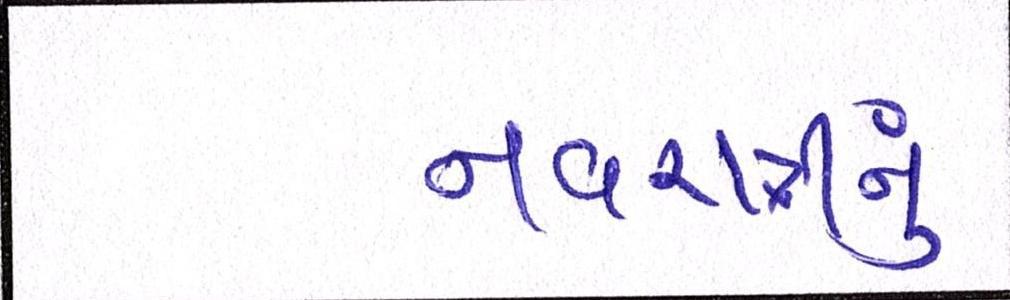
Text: નવરાત્રીનું